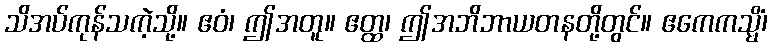
သိအပ်ကုန်သကဲ့သို့။ ဧဝံ၊ ဤအတူ။ ဧတ္ထ၊ ဤအဘိဘာယတနတို့တွင်။ ဧကေကသ္မိံ၊